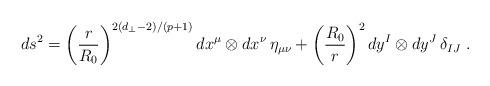
LaTeX: \begin{align*}ds^2 =\left( \frac{r}{R_0} \right)^{2(d_\perp-2)/(p+1)}dx^\mu \otimes dx^\nu\, \eta_{\mu\nu}+\left( \frac{R_0}{r} \right)^{2}dy^I \otimes dy^J\, \delta_{IJ} \ .\end{align*}